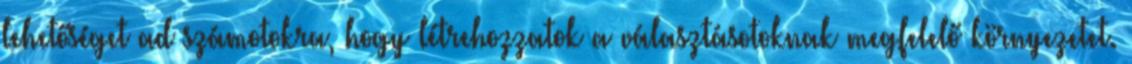
lehetőséget ad számotokra, hogy létrehozzatok a választásotoknak megfelelő környezetet.